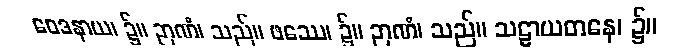
ဝေဒနာယ၊ ၌။ ဉာဏံ၊ သည်။ ဖဿေ၊ ၌။ ဉာဏံ၊ သည်။ သဠာယတနေ၊ ၌။